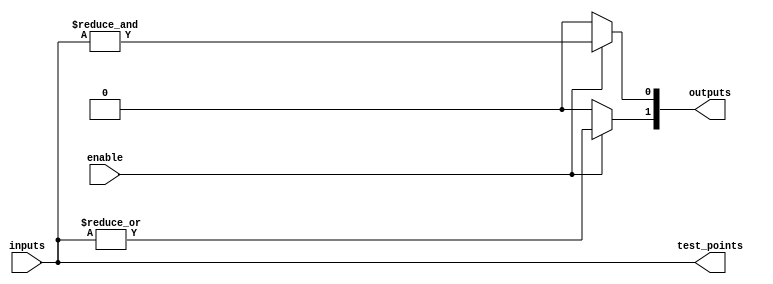
module AdjacencyGroup #(parameter N_INPUTS = 4, parameter N_OUTPUTS = 2)(
    input  wire [N_INPUTS-1:0] inputs,     // Input signals for the group
    input  wire enable,                    // Enable signal
    output wire [N_OUTPUTS-1:0] outputs,   // Output signals from the group
    output wire [N_INPUTS-1:0] test_points  // Test points for debugging
);

// Internal signals for logic functions
wire and_out, or_out, xor_out;

// Example logic functions
assign and_out = enable ? (&inputs) : 1'b0; // AND operation
assign or_out  = enable ? |inputs : 1'b0;   // OR operation
assign xor_out = enable ? ^inputs : 1'b0;   // XOR operation

// Assign outputs based on logic functions
assign outputs[0] = and_out; // First output is the AND result
assign outputs[1] = or_out;  // Second output is the OR result

// Test points for debugging
assign test_points = inputs; // Expose inputs as test points

endmodule